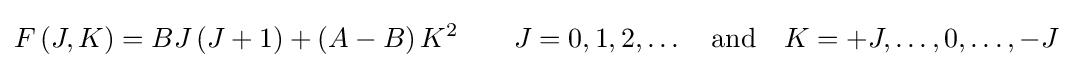
F\left(J,K\right)=BJ\left(J+1\right)+\left(A-B\right)K^{2}\qquad J=0,1,2,\ldots \quad {\mbox{and}}\quad K=+J,\ldots ,0,\ldots ,-J